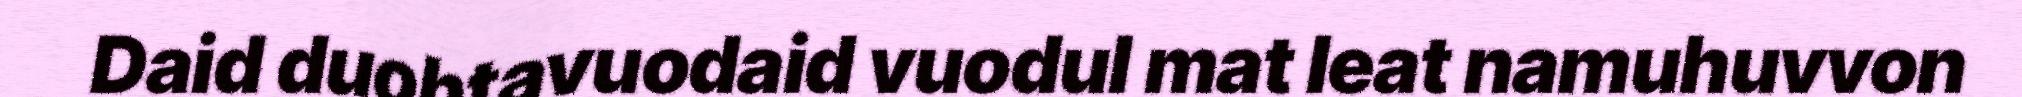
Daid duohtavuodaid vuodul mat leat namuhuvvon